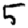
Digit: 5